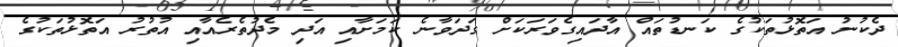
ދެކުނު އަތޮޅުތަކުގެ ކަނޑުތައް އާދައިގެވަރަކަށް ގަދަވާނެ ކަމަށާއި އަދި މެދުތެރެއާއި އުތުރު އަތޮޅުތަކުގެ